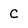
Character: C